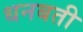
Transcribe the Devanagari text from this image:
धनबती